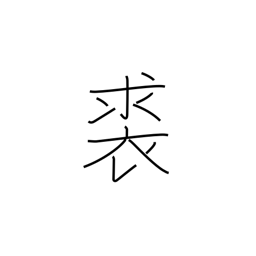
Meaning: leather clothing